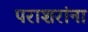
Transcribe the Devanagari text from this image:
पराशरांना